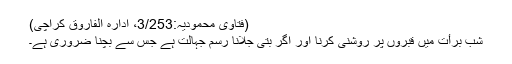
(فتاوی محمودیہ:3/253، ادارہ الفاروق کراچی)
شب برأت میں قبروں پر روشنی کرنا اور اگر بتی جلانا رسمِ جہالت ہے جس سے بچنا ضروری ہے۔